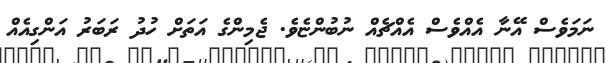
ނަމަވެސް އޭނާ އެއްވެސް އެއްޗެއް ނުބުންޏެވެ. ޖެމިންގެ އަތަށް ހުދު ރަބަރު އަންގިއެއް